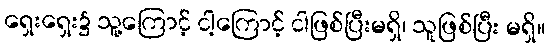
ရှေးရှေး၌ သူ့ကြောင့် ငါ့ကြောင့် ငါဖြစ်ပြီးမရှိ၊ သူဖြစ်ပြီး မရှိ။